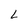
Character: L